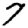
Digit: 7